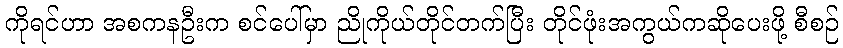
ကိုရင်ဟာ အစကနဦးက စင်ပေါ်မှာ ညိုကိုယ်တိုင်တက်ပြီး တိုင်ဖုံးအကွယ်ကဆိုပေးဖို့ စီစဉ်